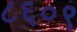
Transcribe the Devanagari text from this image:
८६०९